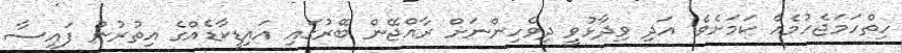
ހިތްހަމަޖެހުމެއް ކަމަށެވެ. އަދި ވިދާޅުވީ ދިވެހިންނަށް ރާއްޖޭން ބޭރުގައި އައިޑީކާޑެއްގެ އިތުރުން ފައިސާ